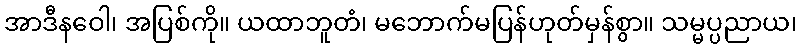
အာဒီနဝေါ၊ အပြစ်ကို။ ယထာဘူတံ၊ မဘောက်မပြန်ဟုတ်မှန်စွာ။ သမ္မပ္ပညာယ၊